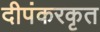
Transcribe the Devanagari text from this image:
दीपंकरकृत